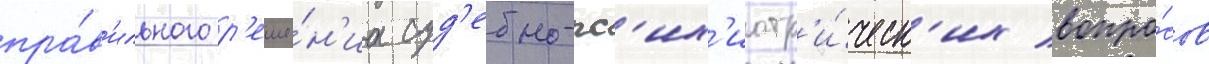
пра́в'ильного р'еше́н'иа суд'ебно-пс'их'иатр'и́ческ'их вопро́сов